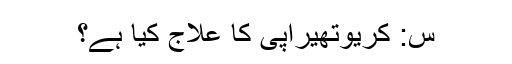
س: کریوتھیراپی کا علاج کیا ہے؟